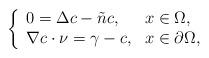
LaTeX: \begin{align*} \left\{\begin{array}{ll}0= \Delta c-\tilde{n}c, &x\in\Omega,\\ \nabla c\cdot \nu= \gamma-c, &x\in\partial\Omega,\end{array}\right.\end{align*}